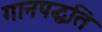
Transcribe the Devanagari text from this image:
गानपद्धति